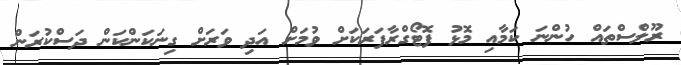
ރޫލްސްތައް ހުންނަ ކަމާއި މޮޅު ފޮޓޯގްރާފަރަކަށް ވުމަށް އަދި ވަރަށް ގިނަކަންކަން ދަސްކުރަން